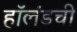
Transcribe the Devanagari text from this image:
हॉलंडची